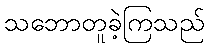
သဘောတူခဲ့ကြသည်